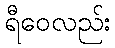
ရီဝေလည်း